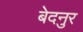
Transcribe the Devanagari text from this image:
बेदनुर